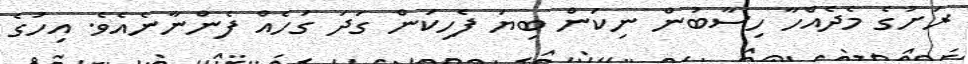
ރަށުގެ މެދެއްހާ ހިސާބުން ނިކަން ބިޔަ ފެހިކަން ގަދަ ގަހެއް ފެންނާނެއެވެ. އިހުގެ